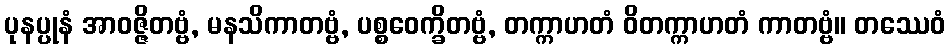
ပုနပ္ပုနံ အာဝဇ္ဇိတဗ္ဗံ, မနသိကာတဗ္ဗံ, ပစ္စဝေက္ခိတဗ္ဗံ, တက္ကာဟတံ ဝိတက္ကာဟတံ ကာတဗ္ဗံ။ တဿေဝံ